Report of the Indian Hemp Drugs Commission, 1894-1895 - Volume VII
Year: 1894
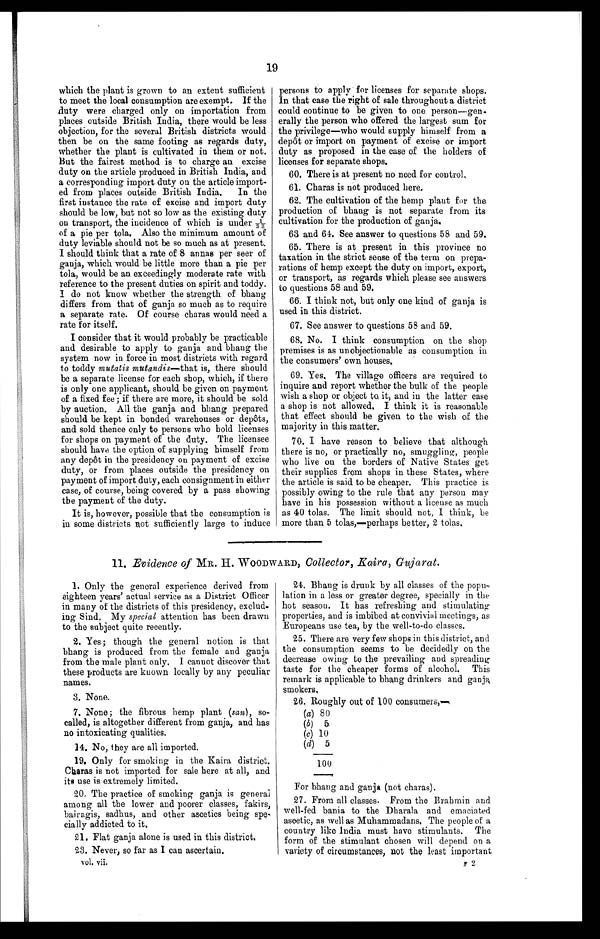
19
Which the plant is grown to an extent sufficient
to meet the local consumption are exempt. If the
duty were charged only on importation from
places outside British India, there would be less
objection, for the several British districts would
then be on the same footing as regards duty,
whether the plant is cultivated in them or not.
But the fairest method is to charge an excise
duty on the article produced in British India, and
a corresponding import duty on the article import
- e d f r o m p l a c e s o u t s i d e B r i t i s h I n d i a . I n t h e
first instance the rate of excise and import duty
should be low, but not so low as the existing duty
on transport, the incidence of which is under
1 / 3 3 o f a p i e p e r t o l a . A l s o t h e m i n i m u m a m o u n t o f
duty leviable should not be so much as at present.
I should think that a rate of 8 annas per seer of
ganja, which would be little more than a pie per
tola, would be an exceedingly moderate rate with
reference to the present duties on spirit and toddy.
I do not know whether the strength of bhang
differs from that of ganja so much as to require
a separate rate. Of course charas would need a
rate for itself.
I consider that it would probably be practicable
and desirable to apply to ganja and bhang the
system now in force in most districts with regard.
to toddy mutatis mutandis—that is, there should
be a separate license for each shop, which, if there
is only one applicant, should be given on payment
of a fixed fee; if there are more, it should be sold
by auction. All the ganja and bhang prepared
should be kept in bonded warehouses or depôts,
and sold thence only to persons who hold licenses
for shops on payment of the duty. The licensee
should have the option of supplying himself from
any depôt in the presidency on payment of excise
duty, or from places outside the presidency on
payment of import duty, each consignment in either
case, of course, being covered by a pass showing
the payment of the duty.
It is, however, possible that the consumption is
in some districts not sufficiently large to induce
persons to apply for licenses for separate shops.
In that case the right of sale throughout a district
could continue to be given to one person—gen
- e r a l l y t h e p e r s o n w h o o f f e r e d t h e l a r g e s t s u m f o r
the privilege—who would supply himself from a
depôt or import on payment of excise or import
duty as proposed in the case of the holders of
licenses for separate shops.
60. There is at present no need for control,
61. Charas is not produced here.
62. The cultivation of the hemp plant for the
production of bhang is not separate from its
cultivation for the production of ganja.
63 and 64. See answer to questions 58 and 59.
65. There is at present in this province no
taxation in the strict sense of the term on prepa
- r a t i o n s o f h e m p e x c e p t t h e d u t y o n i m p o r t , e x p o r t ,
or transport, as regards which please see answers
to questions 58 and 59.
66. I think not, but only one kind of ganja is
used in this district.
67. See answer to questions 58 and 59.
68. No. I think consumption on the shop
premises is as unobjectionable as consumption in
the consumers' own houses.
69. Yes. The village officers are required to
inquire and report whether the bulk of the people
wish a shop or object to it, and in the latter case
a shop is not allowed, I think it is reasonable
that effect should be given to the wish of the
majority in this matter.
70. I have reason to believe that although
there is no, or practically no, smuggling, people
who live on the borders of Native States get
their supplies from shops in these States, where
the article is said to be cheaper. This practice is
possibly owing to the rule that any person may
have in his possession without a license as much
as 40 tolas. The limit should not, I think, be.
more than 5 tolas,—perhaps better, 2 tolas.
11. Evidence of MR. H. WOODWARD, Collector, Kaira, Gujarat.
1. Only the general experience derived from
eighteen years' actual service as a District Officer
in many of the districts of this presidency, exclud--
ing Sind, My special attention has been drawn
to the subject quite recently.
2. Yes; though the general notion is that
bhang is produced from the female and ganja
from the male plant only. I cannot discover that
these products are known locally by any peculiar
names.
3 . N o n e .
7. None ; the fibrous hemp plant ( san), so
-called, is altogether different from ganja, and has
no intoxicating qualities.
14. No, they are all imported.
19. Only for smoking in the Kaira district.
c h a r a s i s n o t i m p o r t e d f o r s a l e h e r e a t a l l , a n d
its use is extremely limited.
20. The practice of smoking ganja is general
among all the lower and poorer classes, fakirs,
bairagis, sadhus, and other ascetics being spe--
c i a l l y a d d i c t e d t o i t .
21. Flat ganja alone is used in this district.
23. Never, so far as I can ascertain.
vol. vii.
2 4 . B h a n g i s d r u n k b y a l l c l a s s e s o f t h e p o p u
lation in a less or greater degree, specially in the
hot season. It has refreshing and stimulating
properties, and is imbibed at convivial meetings, as
Europeans use tea, by the well-to-do classes.
25. There are very few shops in this district, and
the consumption seems to be decidedly on the
decrease owing to the prevailing and spreading
taste for the cheaper forms of alcohol. This
remark is applicable to bhang drinkers and ganja
smokers.
26. Roughly out of 100 consumers,—
(a) 80
(b) 5
(c) 10
(d) 5
100
For bhang and ganja (not charas).
27. From all classes. From the Brahmin and
well-fed bania to the Dharala and emaciated
ascetic, as well as Muhammadans. The people of a
country like India must have stimulants. The
form of the stimulant chosen will depend on a
variety of circumstances, not the least important
2